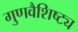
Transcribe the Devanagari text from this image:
गुणवैशिष्ट्य